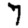
Digit: 7